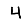
Digit: 4